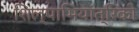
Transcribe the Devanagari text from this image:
शिल्पाभियांत्रिकी